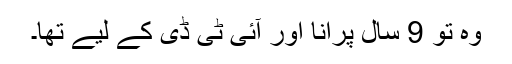
وہ تو 9 سال پرانا اور آئی ٹی ڈی کے لیے تھا۔